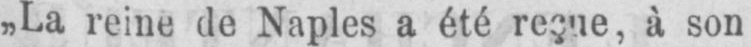
„La reine de Naples a été reçue, à son